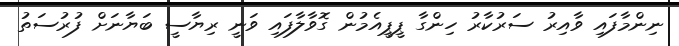
ނިންމާފައި ވާއިރު ސަރުކާރު ހިންގާ ޕީޕީއެމުން ގޮވާލާފައި ވަނީ ރިޔާސީ ބަޔާނަށް ފުރުސަތު